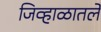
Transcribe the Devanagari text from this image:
जिव्हाळातले